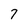
Character: 7